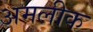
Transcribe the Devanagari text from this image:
अमलीक